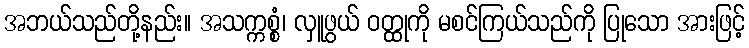
အဘယ်သည်တို့နည်း။ အသက္ကစ္စံ၊ လှူဖွယ် ဝတ္ထုကို မစင်ကြယ်သည်ကို ပြုသော အားဖြင့်